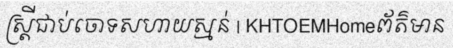
ស្ត្រីជាប់ចោទសហាយស្មន់ | KHTOEMHomeព័ត៌មាន